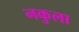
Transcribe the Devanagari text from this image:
नकुला